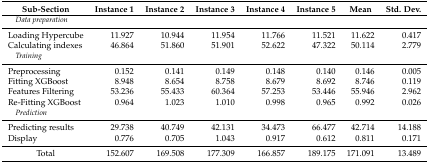
<table><thead><tr><td><b>Sub-Section</b></td><td><b>Instance 1</b></td><td><b>Instance 2</b></td><td><b>Instance 3</b></td><td><b>Instance 4</b></td><td><b>Instance 5</b></td><td><b>Mean</b></td><td><b>Std. Dev.</b></td></tr></thead><tbody><tr><td colspan="8"> <i>Data preparation</i></td></tr><tr><td>Loading Hypercube</td><td>11.927</td><td>10.944</td><td>11.954</td><td>11.766</td><td>11.521</td><td>11.622</td><td>0.417</td></tr><tr><td>Calculating indexes</td><td>46.864</td><td>51.860</td><td>51.901</td><td>52.622</td><td>47.322</td><td>50.114</td><td>2.779</td></tr><tr><td colspan="8"> <i>Training</i></td></tr><tr><td>Preprocessing</td><td>0.152</td><td>0.141</td><td>0.149</td><td>0.148</td><td>0.140</td><td>0.146</td><td>0.005</td></tr><tr><td>Fitting XGBoost</td><td>8.948</td><td>8.654</td><td>8.758</td><td>8.679</td><td>8.692</td><td>8.746</td><td>0.119</td></tr><tr><td>Features Filtering</td><td>53.236</td><td>55.433</td><td>60.364</td><td>57.253</td><td>53.446</td><td>55.946</td><td>2.962</td></tr><tr><td>Re-Fitting XGBoost</td><td>0.964</td><td>1.023</td><td>1.010</td><td>0.998</td><td>0.965</td><td>0.992</td><td>0.026</td></tr><tr><td colspan="8"> <i>Prediction</i></td></tr><tr><td>Predicting results</td><td>29.738</td><td>40.749</td><td>42.131</td><td>34.473</td><td>66.477</td><td>42.714</td><td>14.188</td></tr><tr><td>Display</td><td>0.776</td><td>0.705</td><td>1.043</td><td>0.917</td><td>0.612</td><td>0.811</td><td>0.171</td></tr><tr><td>Total</td><td>152.607</td><td>169.508</td><td>177.309</td><td>166.857</td><td>189.175</td><td>171.091</td><td>13.489</td></tr></tbody></table>